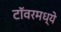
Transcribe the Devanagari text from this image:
टॉवरमध्ये